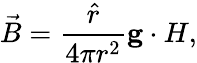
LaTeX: \vec{B}={\frac{\hat{r}}{4\pi r^{2}}}{\mathbf g\cdot H},